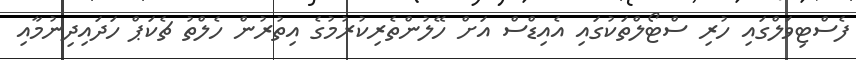
ފެސްޓިވަލްގައި ހުރި ސްޓޯލްތަކުގައި އެއިޑްސް އަށް ހޭލުންތެރިކުރުމުގެ އިތުރުން ހެލްތު ޗެކަޕް ހަދައިދިނުމާއި